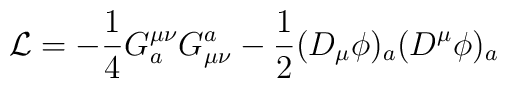
{\cal L} =-{1\over 4} G_a^{\mu\nu}G^a_{\mu\nu}-{1\over 2} (D_\mu\phi)_a (D^\mu\phi)_a